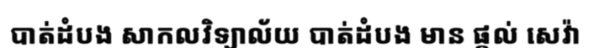
បាត់ដំបង សាកលវិទ្យាល័យ បាត់ដំបង មាន ផ្តល់ សេវ៉ា